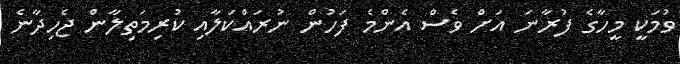
ވުމަކީ މީހާގެ ފުރާނަ އަށް ވެސް އެންމެ ފަހުން ނުރައްކަލާއި ކުރިމަތިލާން ޖެހިދާނެ